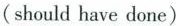
(should have done)